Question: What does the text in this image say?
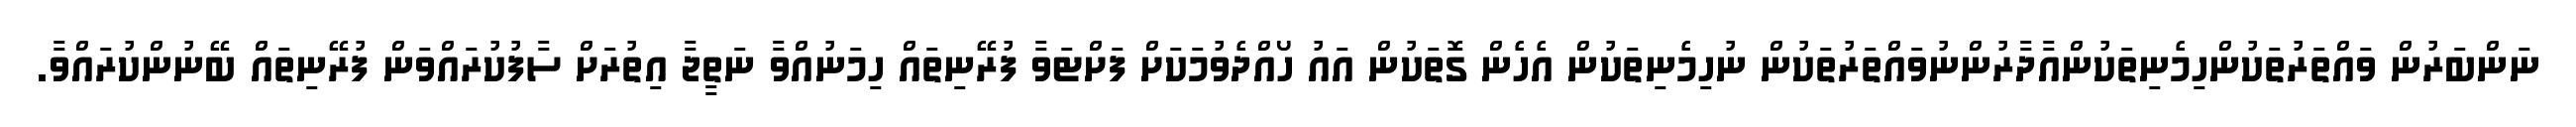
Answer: ނަންބަރުން ވައްތަރުތަކުންހިމެނިތަކުންއާދާރުންނުވައްތަރުތަކުން ނުހިމެނިތަކުން އެހެން ގޮތަކުން އައު ހޯއްދެވުމަކަށް ފަށްޓަވާ ފުރޭނިތައް ހިމަނުއްވާ ނަތީޖާ އިތުރަށް ސާފުކުރައްވަން ފުރޭނިތައް ބޭނުންކުރައްވާ.